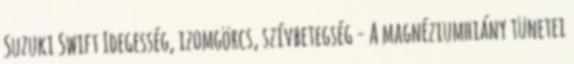
Suzuki Swift Idegesség, izomgörcs, szívbetegség - A magnéziumhiány tünetei